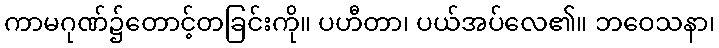
ကာမဂုဏ်၌တောင့်တခြင်းကို။ ပဟီတာ၊ ပယ်အပ်လေ၏။ ဘဝေသနာ၊